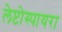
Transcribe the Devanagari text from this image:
लेप्टोस्पायरा